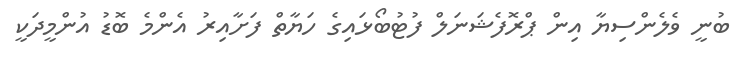
ބުނީ ވެލެންސިޔާ އިން ޕްރޮފެޝަނަލް ފުޓުބޯޅައިގެ ހަޔާތް ފަށާއިރު އެންމެ ބޮޑު އުންމީދަކީ